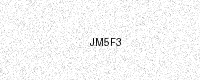
Text: JM5F3